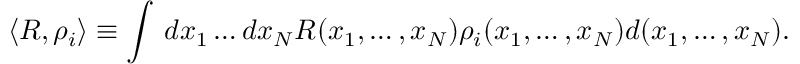
\langle R , \rho _ { i } \rangle \equiv \int \, d x _ { 1 } \dots d x _ { N } R ( x _ { 1 } , \ldots , x _ { N } ) \rho _ { i } ( x _ { 1 } , \ldots , x _ { N } ) d ( x _ { 1 } , \ldots , x _ { N } ) .